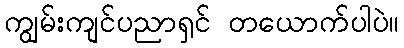
ကျွမ်းကျင်ပညာရှင် တယောက်ပါပဲ။